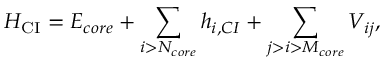
H _ { \mathrm { { C I } } } = E _ { c o r e } + \sum _ { i > N _ { c o r e } } h _ { i , C I } + \sum _ { j > i > M _ { c o r e } } V _ { i j } ,